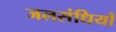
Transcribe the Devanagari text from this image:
जलसंधियों